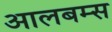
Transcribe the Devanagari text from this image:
आलबम्स